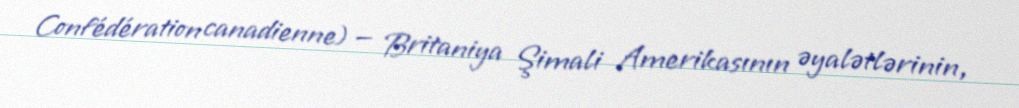
Confédération canadienne) — Britaniya Şimali Amerikasının əyalətlərinin,